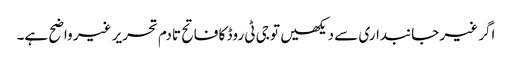
اگر غیر جانبداری سے دیکھیں تو جی ٹی روڈ کا فاتح تادم تحریر غیر واضح ہے۔